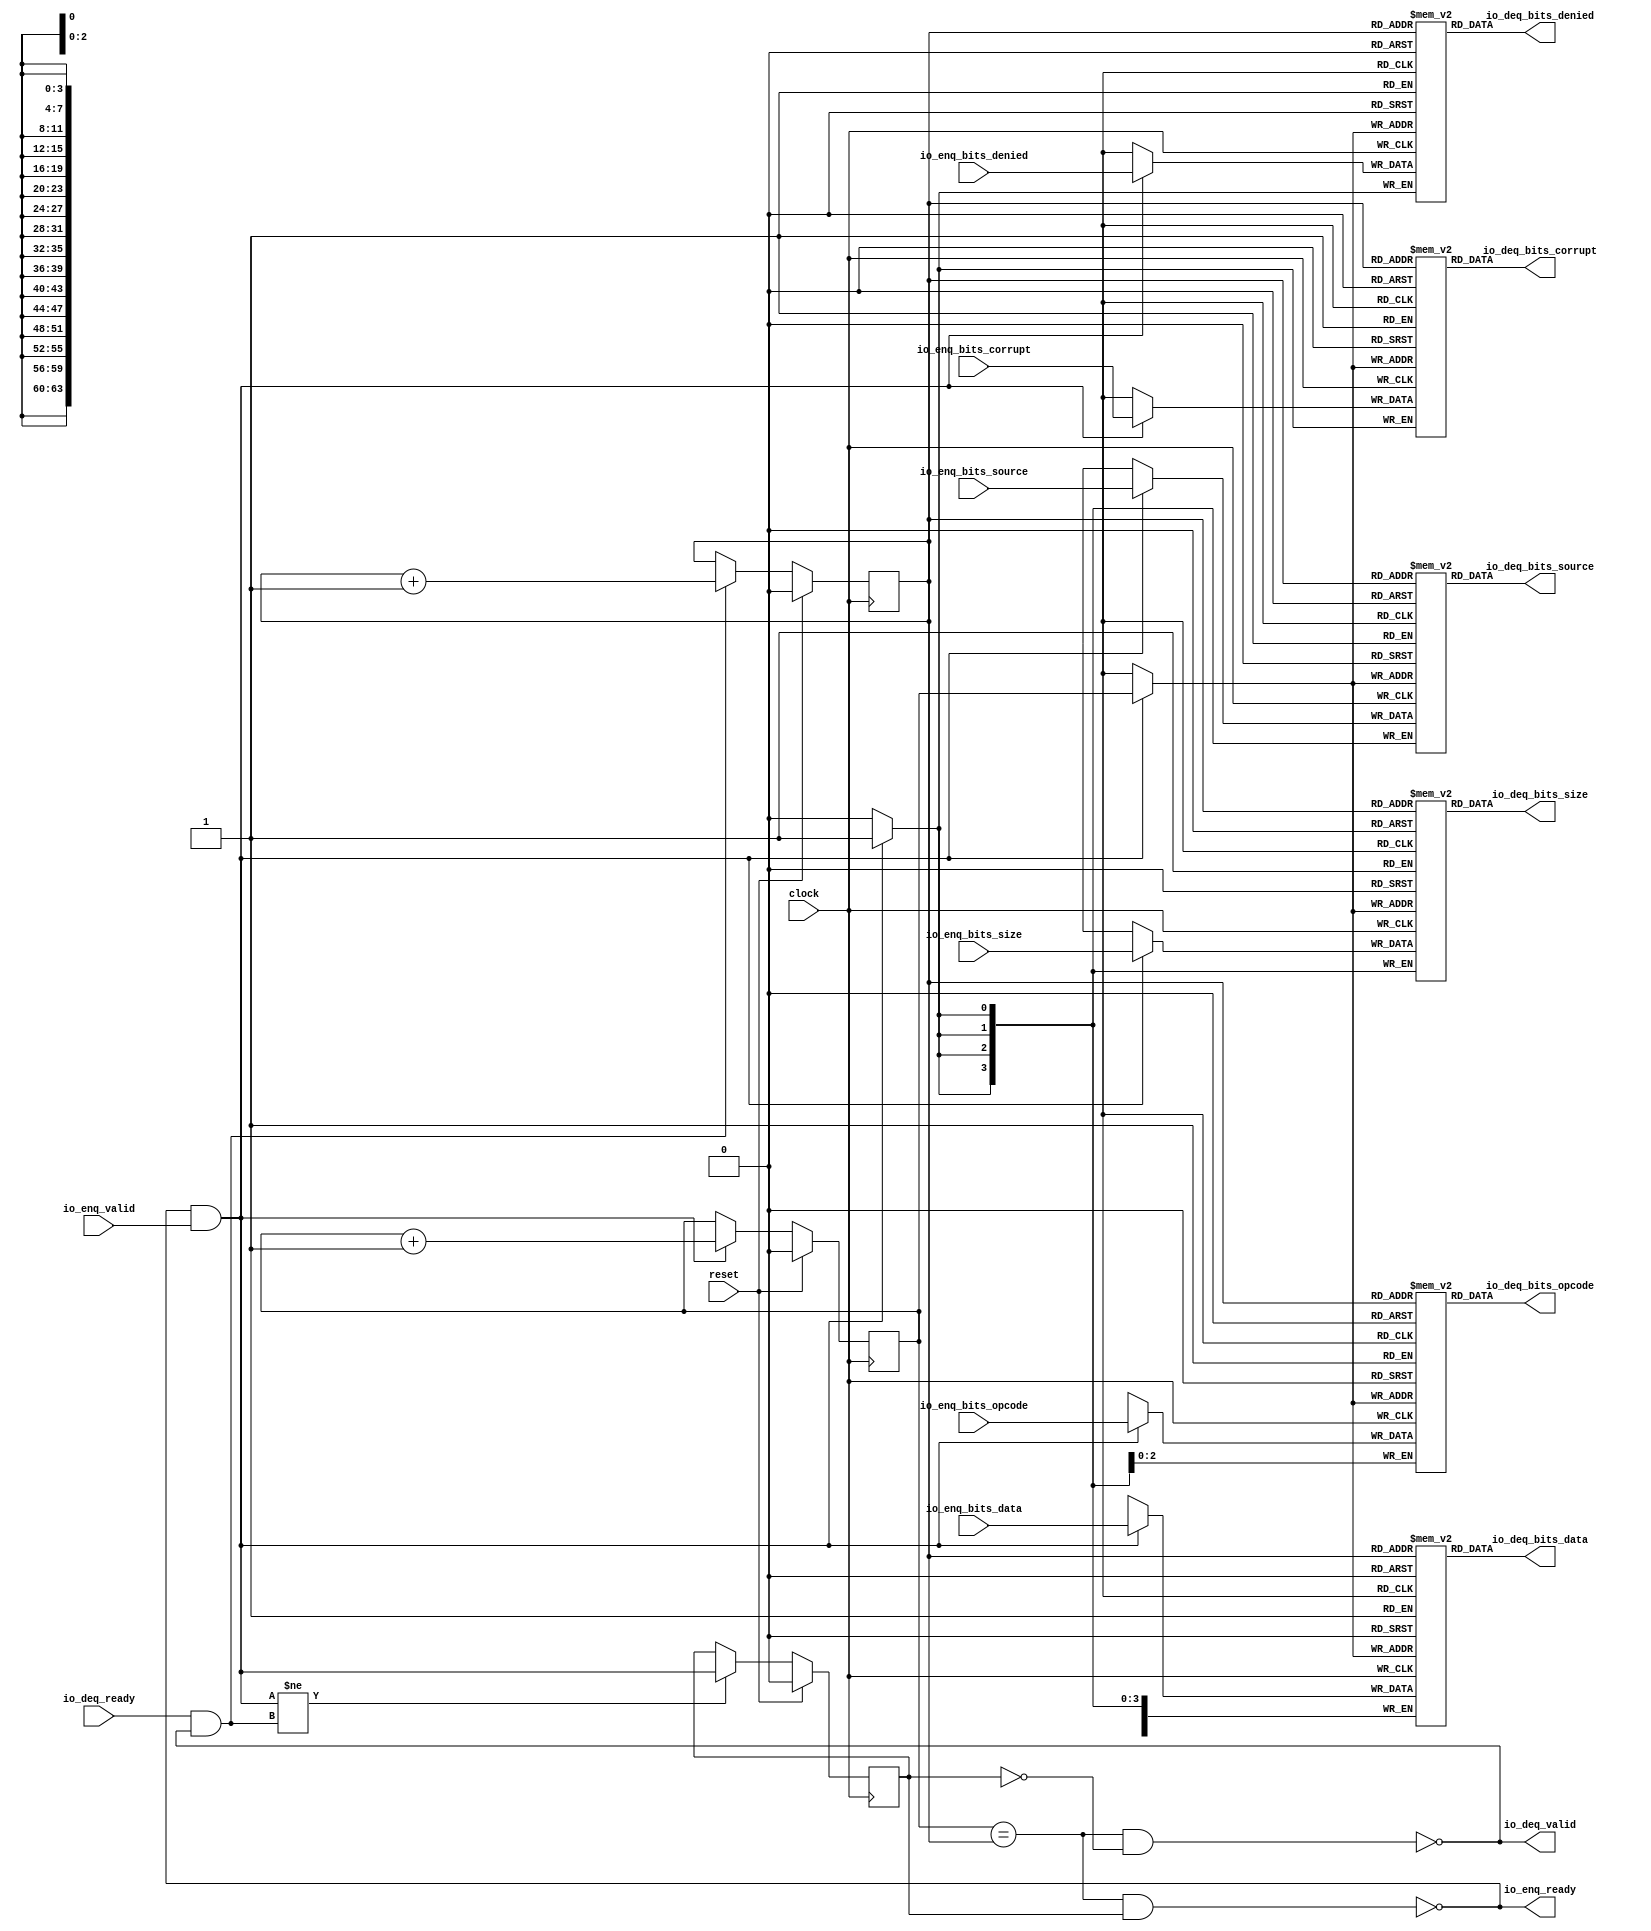
module Queue_13(
  input         clock,
  input         reset,
  output        io_enq_ready,
  input         io_enq_valid,
  input  [2:0]  io_enq_bits_opcode,
  input  [3:0]  io_enq_bits_size,
  input  [3:0]  io_enq_bits_source,
  input         io_enq_bits_denied,
  input  [63:0] io_enq_bits_data,
  input         io_enq_bits_corrupt,
  input         io_deq_ready,
  output        io_deq_valid,
  output [2:0]  io_deq_bits_opcode,
  output [3:0]  io_deq_bits_size,
  output [3:0]  io_deq_bits_source,
  output        io_deq_bits_denied,
  output [63:0] io_deq_bits_data,
  output        io_deq_bits_corrupt
);
`ifdef RANDOMIZE_MEM_INIT
  reg [31:0] _RAND_0;
  reg [31:0] _RAND_1;
  reg [31:0] _RAND_2;
  reg [31:0] _RAND_3;
  reg [63:0] _RAND_4;
  reg [31:0] _RAND_5;
`endif // RANDOMIZE_MEM_INIT
`ifdef RANDOMIZE_REG_INIT
  reg [31:0] _RAND_6;
  reg [31:0] _RAND_7;
  reg [31:0] _RAND_8;
`endif // RANDOMIZE_REG_INIT
  reg [2:0] ram_opcode [0:1]; // @[Decoupled.scala 218:16]
  wire [2:0] ram_opcode_io_deq_bits_MPORT_data; // @[Decoupled.scala 218:16]
  wire  ram_opcode_io_deq_bits_MPORT_addr; // @[Decoupled.scala 218:16]
  wire [2:0] ram_opcode_MPORT_data; // @[Decoupled.scala 218:16]
  wire  ram_opcode_MPORT_addr; // @[Decoupled.scala 218:16]
  wire  ram_opcode_MPORT_mask; // @[Decoupled.scala 218:16]
  wire  ram_opcode_MPORT_en; // @[Decoupled.scala 218:16]
  reg [3:0] ram_size [0:1]; // @[Decoupled.scala 218:16]
  wire [3:0] ram_size_io_deq_bits_MPORT_data; // @[Decoupled.scala 218:16]
  wire  ram_size_io_deq_bits_MPORT_addr; // @[Decoupled.scala 218:16]
  wire [3:0] ram_size_MPORT_data; // @[Decoupled.scala 218:16]
  wire  ram_size_MPORT_addr; // @[Decoupled.scala 218:16]
  wire  ram_size_MPORT_mask; // @[Decoupled.scala 218:16]
  wire  ram_size_MPORT_en; // @[Decoupled.scala 218:16]
  reg [3:0] ram_source [0:1]; // @[Decoupled.scala 218:16]
  wire [3:0] ram_source_io_deq_bits_MPORT_data; // @[Decoupled.scala 218:16]
  wire  ram_source_io_deq_bits_MPORT_addr; // @[Decoupled.scala 218:16]
  wire [3:0] ram_source_MPORT_data; // @[Decoupled.scala 218:16]
  wire  ram_source_MPORT_addr; // @[Decoupled.scala 218:16]
  wire  ram_source_MPORT_mask; // @[Decoupled.scala 218:16]
  wire  ram_source_MPORT_en; // @[Decoupled.scala 218:16]
  reg  ram_denied [0:1]; // @[Decoupled.scala 218:16]
  wire  ram_denied_io_deq_bits_MPORT_data; // @[Decoupled.scala 218:16]
  wire  ram_denied_io_deq_bits_MPORT_addr; // @[Decoupled.scala 218:16]
  wire  ram_denied_MPORT_data; // @[Decoupled.scala 218:16]
  wire  ram_denied_MPORT_addr; // @[Decoupled.scala 218:16]
  wire  ram_denied_MPORT_mask; // @[Decoupled.scala 218:16]
  wire  ram_denied_MPORT_en; // @[Decoupled.scala 218:16]
  reg [63:0] ram_data [0:1]; // @[Decoupled.scala 218:16]
  wire [63:0] ram_data_io_deq_bits_MPORT_data; // @[Decoupled.scala 218:16]
  wire  ram_data_io_deq_bits_MPORT_addr; // @[Decoupled.scala 218:16]
  wire [63:0] ram_data_MPORT_data; // @[Decoupled.scala 218:16]
  wire  ram_data_MPORT_addr; // @[Decoupled.scala 218:16]
  wire  ram_data_MPORT_mask; // @[Decoupled.scala 218:16]
  wire  ram_data_MPORT_en; // @[Decoupled.scala 218:16]
  reg  ram_corrupt [0:1]; // @[Decoupled.scala 218:16]
  wire  ram_corrupt_io_deq_bits_MPORT_data; // @[Decoupled.scala 218:16]
  wire  ram_corrupt_io_deq_bits_MPORT_addr; // @[Decoupled.scala 218:16]
  wire  ram_corrupt_MPORT_data; // @[Decoupled.scala 218:16]
  wire  ram_corrupt_MPORT_addr; // @[Decoupled.scala 218:16]
  wire  ram_corrupt_MPORT_mask; // @[Decoupled.scala 218:16]
  wire  ram_corrupt_MPORT_en; // @[Decoupled.scala 218:16]
  reg  value; // @[Counter.scala 60:40]
  reg  value_1; // @[Counter.scala 60:40]
  reg  maybe_full; // @[Decoupled.scala 221:27]
  wire  ptr_match = value == value_1; // @[Decoupled.scala 223:33]
  wire  empty = ptr_match & (~maybe_full); // @[Decoupled.scala 224:25]
  wire  full = ptr_match & maybe_full; // @[Decoupled.scala 225:24]
  wire  do_enq = io_enq_ready & io_enq_valid; // @[Decoupled.scala 40:37]
  wire  do_deq = io_deq_ready & io_deq_valid; // @[Decoupled.scala 40:37]
  wire  _value_T_1 = value + 1'h1; // @[Counter.scala 76:24]
  wire  _value_1_T_1 = value_1 + 1'h1; // @[Counter.scala 76:24]
  wire  _T = do_enq != do_deq; // @[Decoupled.scala 236:16]
  assign ram_opcode_io_deq_bits_MPORT_addr = value_1;
  assign ram_opcode_io_deq_bits_MPORT_data = ram_opcode[ram_opcode_io_deq_bits_MPORT_addr]; // @[Decoupled.scala 218:16]
  assign ram_opcode_MPORT_data = io_enq_bits_opcode;
  assign ram_opcode_MPORT_addr = value;
  assign ram_opcode_MPORT_mask = 1'h1;
  assign ram_opcode_MPORT_en = io_enq_ready & io_enq_valid;
  assign ram_size_io_deq_bits_MPORT_addr = value_1;
  assign ram_size_io_deq_bits_MPORT_data = ram_size[ram_size_io_deq_bits_MPORT_addr]; // @[Decoupled.scala 218:16]
  assign ram_size_MPORT_data = io_enq_bits_size;
  assign ram_size_MPORT_addr = value;
  assign ram_size_MPORT_mask = 1'h1;
  assign ram_size_MPORT_en = io_enq_ready & io_enq_valid;
  assign ram_source_io_deq_bits_MPORT_addr = value_1;
  assign ram_source_io_deq_bits_MPORT_data = ram_source[ram_source_io_deq_bits_MPORT_addr]; // @[Decoupled.scala 218:16]
  assign ram_source_MPORT_data = io_enq_bits_source;
  assign ram_source_MPORT_addr = value;
  assign ram_source_MPORT_mask = 1'h1;
  assign ram_source_MPORT_en = io_enq_ready & io_enq_valid;
  assign ram_denied_io_deq_bits_MPORT_addr = value_1;
  assign ram_denied_io_deq_bits_MPORT_data = ram_denied[ram_denied_io_deq_bits_MPORT_addr]; // @[Decoupled.scala 218:16]
  assign ram_denied_MPORT_data = io_enq_bits_denied;
  assign ram_denied_MPORT_addr = value;
  assign ram_denied_MPORT_mask = 1'h1;
  assign ram_denied_MPORT_en = io_enq_ready & io_enq_valid;
  assign ram_data_io_deq_bits_MPORT_addr = value_1;
  assign ram_data_io_deq_bits_MPORT_data = ram_data[ram_data_io_deq_bits_MPORT_addr]; // @[Decoupled.scala 218:16]
  assign ram_data_MPORT_data = io_enq_bits_data;
  assign ram_data_MPORT_addr = value;
  assign ram_data_MPORT_mask = 1'h1;
  assign ram_data_MPORT_en = io_enq_ready & io_enq_valid;
  assign ram_corrupt_io_deq_bits_MPORT_addr = value_1;
  assign ram_corrupt_io_deq_bits_MPORT_data = ram_corrupt[ram_corrupt_io_deq_bits_MPORT_addr]; // @[Decoupled.scala 218:16]
  assign ram_corrupt_MPORT_data = io_enq_bits_corrupt;
  assign ram_corrupt_MPORT_addr = value;
  assign ram_corrupt_MPORT_mask = 1'h1;
  assign ram_corrupt_MPORT_en = io_enq_ready & io_enq_valid;
  assign io_enq_ready = ~full; // @[Decoupled.scala 241:19]
  assign io_deq_valid = ~empty; // @[Decoupled.scala 240:19]
  assign io_deq_bits_opcode = ram_opcode_io_deq_bits_MPORT_data; // @[Decoupled.scala 242:15]
  assign io_deq_bits_size = ram_size_io_deq_bits_MPORT_data; // @[Decoupled.scala 242:15]
  assign io_deq_bits_source = ram_source_io_deq_bits_MPORT_data; // @[Decoupled.scala 242:15]
  assign io_deq_bits_denied = ram_denied_io_deq_bits_MPORT_data; // @[Decoupled.scala 242:15]
  assign io_deq_bits_data = ram_data_io_deq_bits_MPORT_data; // @[Decoupled.scala 242:15]
  assign io_deq_bits_corrupt = ram_corrupt_io_deq_bits_MPORT_data; // @[Decoupled.scala 242:15]
  always @(posedge clock) begin
    if(ram_opcode_MPORT_en & ram_opcode_MPORT_mask) begin
      ram_opcode[ram_opcode_MPORT_addr] <= ram_opcode_MPORT_data; // @[Decoupled.scala 218:16]
    end
    if(ram_size_MPORT_en & ram_size_MPORT_mask) begin
      ram_size[ram_size_MPORT_addr] <= ram_size_MPORT_data; // @[Decoupled.scala 218:16]
    end
    if(ram_source_MPORT_en & ram_source_MPORT_mask) begin
      ram_source[ram_source_MPORT_addr] <= ram_source_MPORT_data; // @[Decoupled.scala 218:16]
    end
    if(ram_denied_MPORT_en & ram_denied_MPORT_mask) begin
      ram_denied[ram_denied_MPORT_addr] <= ram_denied_MPORT_data; // @[Decoupled.scala 218:16]
    end
    if(ram_data_MPORT_en & ram_data_MPORT_mask) begin
      ram_data[ram_data_MPORT_addr] <= ram_data_MPORT_data; // @[Decoupled.scala 218:16]
    end
    if(ram_corrupt_MPORT_en & ram_corrupt_MPORT_mask) begin
      ram_corrupt[ram_corrupt_MPORT_addr] <= ram_corrupt_MPORT_data; // @[Decoupled.scala 218:16]
    end
    if (reset) begin // @[Counter.scala 60:40]
      value <= 1'h0; // @[Counter.scala 60:40]
    end else if (do_enq) begin // @[Decoupled.scala 229:17]
      value <= _value_T_1; // @[Counter.scala 76:15]
    end
    if (reset) begin // @[Counter.scala 60:40]
      value_1 <= 1'h0; // @[Counter.scala 60:40]
    end else if (do_deq) begin // @[Decoupled.scala 233:17]
      value_1 <= _value_1_T_1; // @[Counter.scala 76:15]
    end
    if (reset) begin // @[Decoupled.scala 221:27]
      maybe_full <= 1'h0; // @[Decoupled.scala 221:27]
    end else if (_T) begin // @[Decoupled.scala 236:28]
      maybe_full <= do_enq; // @[Decoupled.scala 237:16]
    end
  end
// Register and memory initialization
`ifdef RANDOMIZE_GARBAGE_ASSIGN
`define RANDOMIZE
`endif
`ifdef RANDOMIZE_INVALID_ASSIGN
`define RANDOMIZE
`endif
`ifdef RANDOMIZE_REG_INIT
`define RANDOMIZE
`endif
`ifdef RANDOMIZE_MEM_INIT
`define RANDOMIZE
`endif
`ifndef RANDOM
`define RANDOM $random
`endif
`ifdef RANDOMIZE_MEM_INIT
  integer initvar;
`endif
`ifndef SYNTHESIS
`ifdef FIRRTL_BEFORE_INITIAL
`FIRRTL_BEFORE_INITIAL
`endif
initial begin
  `ifdef RANDOMIZE
    `ifdef INIT_RANDOM
      `INIT_RANDOM
    `endif
    `ifndef VERILATOR
      `ifdef RANDOMIZE_DELAY
        #`RANDOMIZE_DELAY begin end
      `else
        #0.002 begin end
      `endif
    `endif
`ifdef RANDOMIZE_MEM_INIT
  _RAND_0 = {1{`RANDOM}};
  for (initvar = 0; initvar < 2; initvar = initvar+1)
    ram_opcode[initvar] = _RAND_0[2:0];
  _RAND_1 = {1{`RANDOM}};
  for (initvar = 0; initvar < 2; initvar = initvar+1)
    ram_size[initvar] = _RAND_1[3:0];
  _RAND_2 = {1{`RANDOM}};
  for (initvar = 0; initvar < 2; initvar = initvar+1)
    ram_source[initvar] = _RAND_2[3:0];
  _RAND_3 = {1{`RANDOM}};
  for (initvar = 0; initvar < 2; initvar = initvar+1)
    ram_denied[initvar] = _RAND_3[0:0];
  _RAND_4 = {2{`RANDOM}};
  for (initvar = 0; initvar < 2; initvar = initvar+1)
    ram_data[initvar] = _RAND_4[63:0];
  _RAND_5 = {1{`RANDOM}};
  for (initvar = 0; initvar < 2; initvar = initvar+1)
    ram_corrupt[initvar] = _RAND_5[0:0];
`endif // RANDOMIZE_MEM_INIT
`ifdef RANDOMIZE_REG_INIT
  _RAND_6 = {1{`RANDOM}};
  value = _RAND_6[0:0];
  _RAND_7 = {1{`RANDOM}};
  value_1 = _RAND_7[0:0];
  _RAND_8 = {1{`RANDOM}};
  maybe_full = _RAND_8[0:0];
`endif // RANDOMIZE_REG_INIT
  `endif // RANDOMIZE
end // initial
`ifdef FIRRTL_AFTER_INITIAL
`FIRRTL_AFTER_INITIAL
`endif
`endif // SYNTHESIS
endmodule